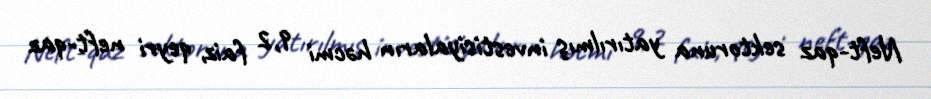
Neft-qaz sektoruna yatırılmış investisiyaların həcmi 9,2 faiz, qeyri neft-qaz